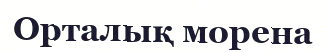
Орталық морена